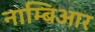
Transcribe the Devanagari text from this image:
नाम्बिआर